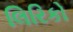
લિરિકો